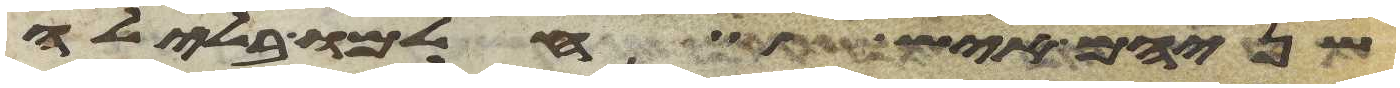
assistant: שניהם איש חלמו בלילה